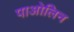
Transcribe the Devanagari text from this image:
पाओलिन